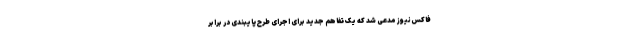
فاکس‌نیوز مدعی شد که یک تفاهم جدید برای اجرای طرح پایبندی در برابر